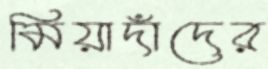
মিয়াদাঁদের